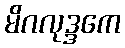
မိဂလုဒ္ဒကေ